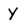
Character: Y